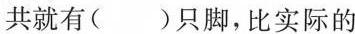
共就有()只脚，比实际的